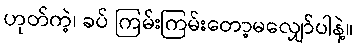
ဟုတ်ကဲ့၊ ခပ် ကြမ်းကြမ်းတော့မလျှော်ပါနဲ့။